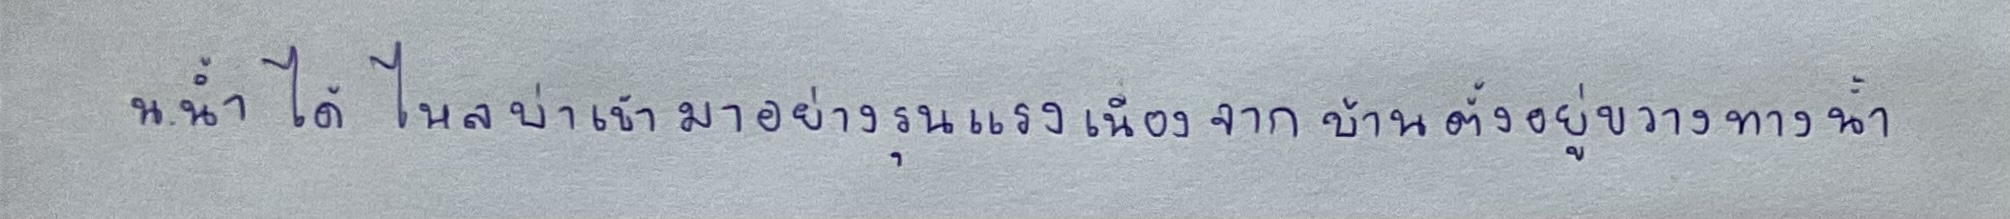
น.น้ำได้ไหลบ่าเข้ามาอย่างรุนแรงเนื่องจากบ้านตั้งอยู่ขวางทางน้ำ